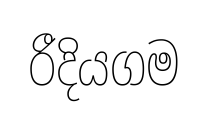
රීදියගම